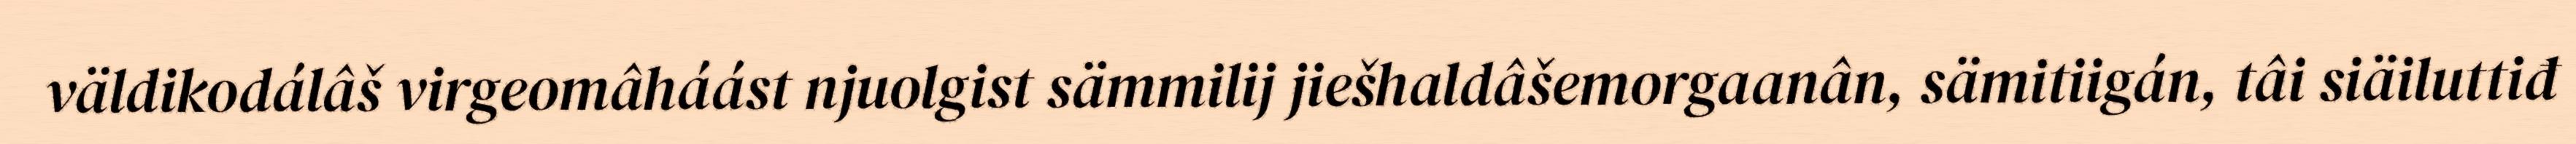
väldikodálâš virgeomâháást njuolgist sämmilij jiešhaldâšemorgaanân, sämitiigán, tâi siäiluttiđ